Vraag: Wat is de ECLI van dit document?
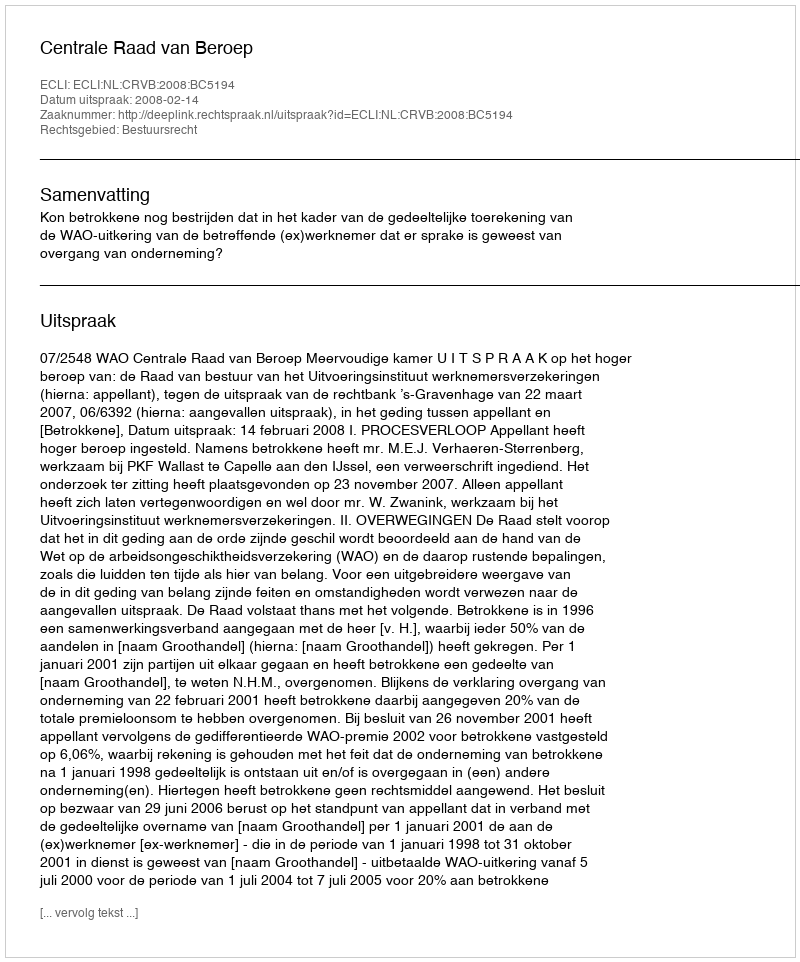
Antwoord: ECLI:NL:CRVB:2008:BC5194